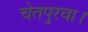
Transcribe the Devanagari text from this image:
चेतपुरवा।